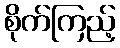
စိုက်ကြည့်